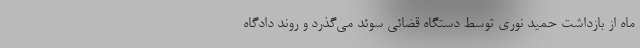
ماه از بازداشت حمید نوری توسط دستگاه قضائی سوئد می‌گذرد و روند دادگاه